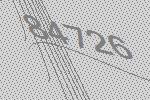
84726